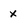
Character: x